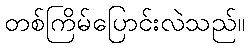
တစ်ကြိမ်ပြောင်းလဲသည်။